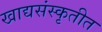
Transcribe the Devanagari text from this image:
खाद्यसंस्कृतीत